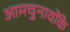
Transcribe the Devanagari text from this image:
आमचुनावोंके